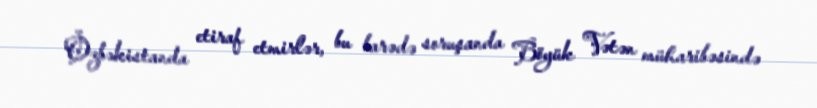
Özbəkistanda etiraf etmirlər, bu barədə soruşanda Böyük Vətən müharibəsində